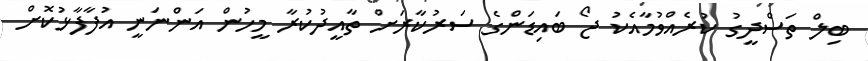
ބިލް ތަސްދީގު ކުރެއްވުމާއެކު ޖޯ ބައިޑަންގެ ސަރުކާރަށް ތާއީދުކުރާ މީހުން އަންނަނީ އުފާފާޅުކޮށް